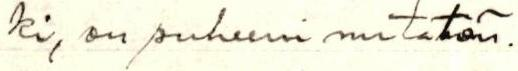
ki, on puheeni mitätön.